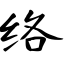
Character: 络